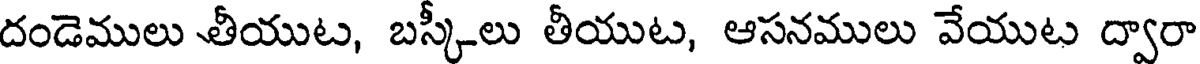
దండెములు తీయుట, బస్కీలు తీయుట, ఆసనములు వేయుట ద్వారా